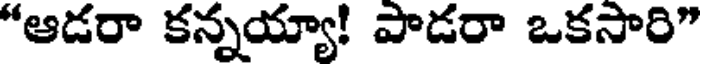
"ఆడరా కన్నయ్యా! పాడరా ఒకసారి"